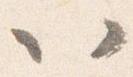
以